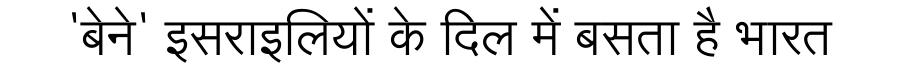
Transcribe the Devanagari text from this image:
'बेने' इसराइलियों के दिल में बसता है भारत